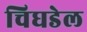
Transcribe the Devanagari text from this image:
चिघडेल